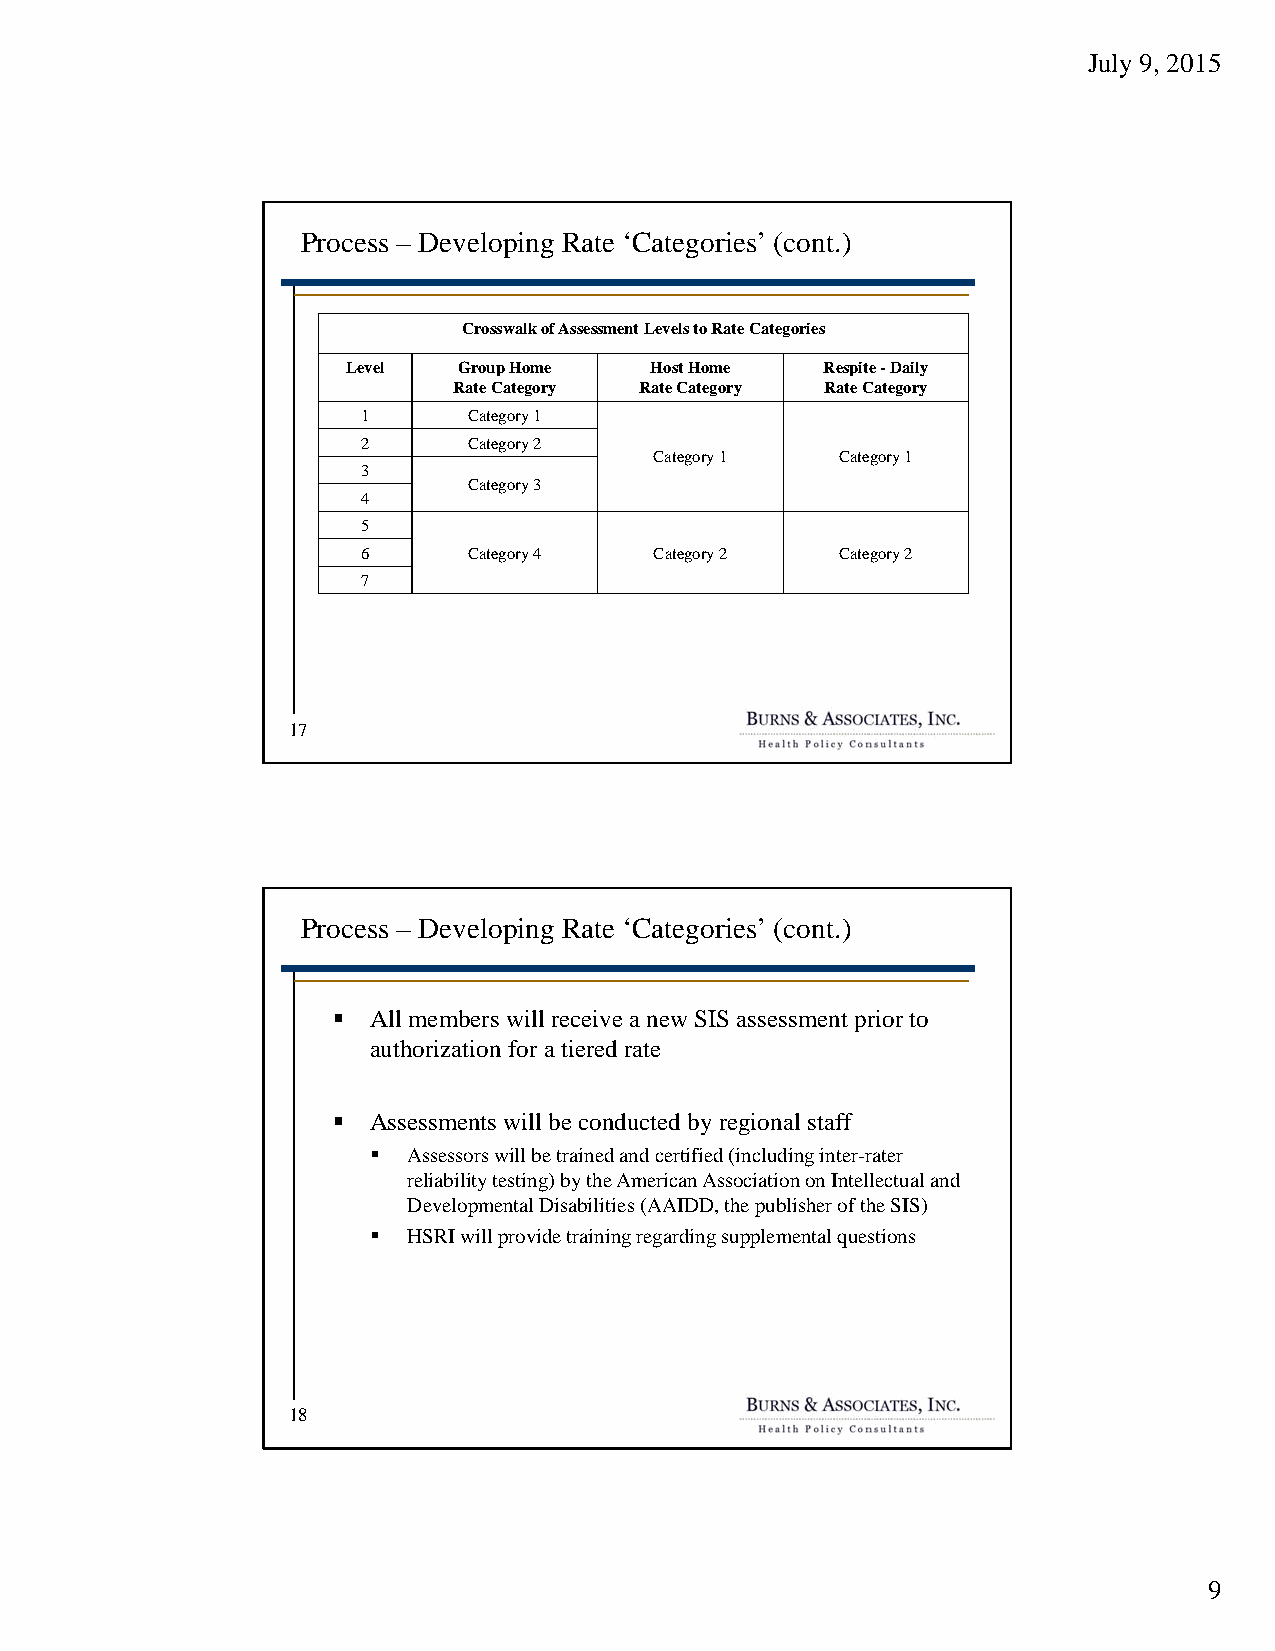
July 9, 2015
 Process – Developing Rate ‘Categories’ (cont.)
 Crosswalkof Assessment Levels to Rate Categories
 Level  Group Home   Host Home   Respite -Daily
 Rate Category Rate Category Rate Category
 1      Category 1
 2      Category 2
 Category 1   Category 1
 3
 Category 3
 4
 5
 6      Category 4  Category 2   Category 2
 7
 17
 Process – Developing Rate ‘Categories’ (cont.)
  All members will receive a new SIS assessment prior to
 authorization for a tiered rate
  Assessments will be conducted by regional staff
   Assessors will be trained and certified (including inter-rater
 reliability testing) by the American Association on Intellectual and
 Developmental Disabilities (AAIDD, the publisher of the SIS)
   HSRI will provide training regarding supplemental questions
 18
 9